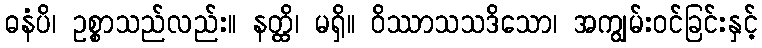
ဓနံပိ၊ ဥစ္စာသည်လည်း။ နတ္ထိ၊ မရှိ။ ဝိဿာသသဒိသော၊ အကျွမ်းဝင်ခြင်းနှင့်